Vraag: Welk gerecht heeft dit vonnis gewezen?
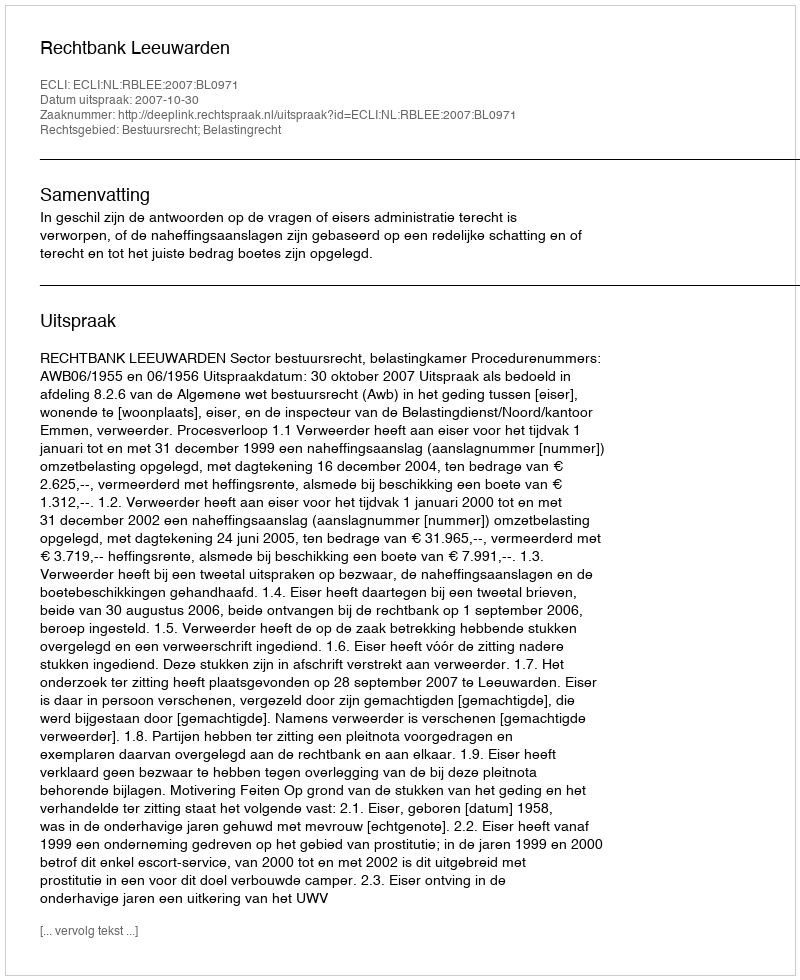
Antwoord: Rechtbank Leeuwarden